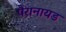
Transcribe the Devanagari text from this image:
पैरानायड